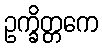
ဥက္ခိတ္တကေ